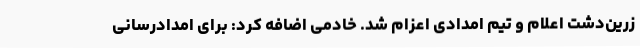
زرین‌دشت اعلام و تیم امدادی اعزام شد. خادمی اضافه کرد: برای امدادرسانی